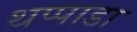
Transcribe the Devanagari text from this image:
थप्पाडा